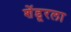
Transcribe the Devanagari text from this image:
शेंडूरला